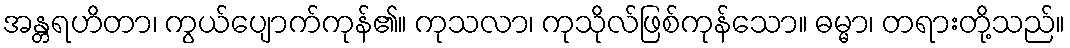
အန္တရဟိတာ၊ ကွယ်ပျောက်ကုန်၏။ ကုသလာ၊ ကုသိုလ်ဖြစ်ကုန်သော။ ဓမ္မာ၊ တရားတို့သည်။